Reports on dispensaries and lunatic asylums in the Province of Oudh - 1869-1876
Year: 1869
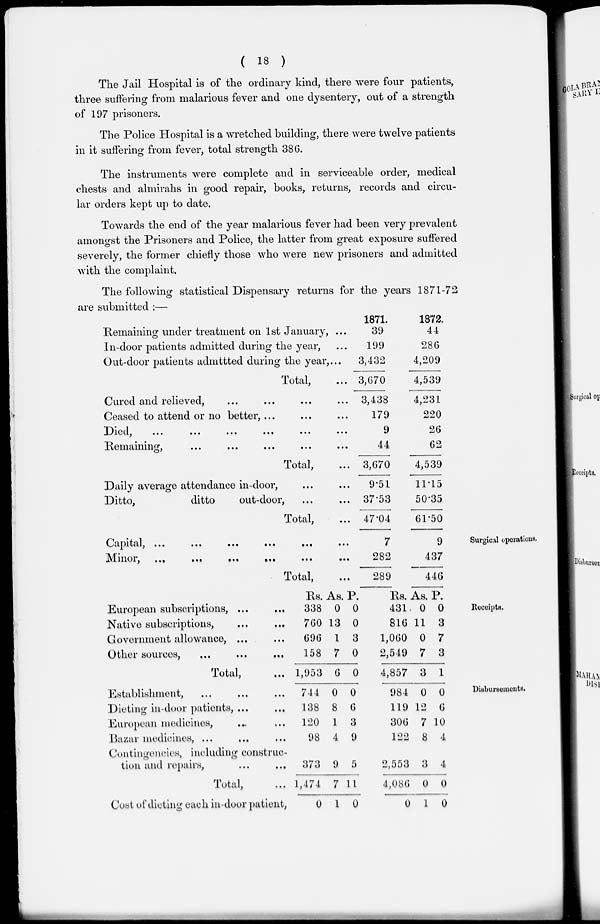
( 18 )
The Jail Hospital is of the ordinary kind, there were four patients,
three suffering from malarious fever and one dysentery, out of a strength
of 197 prisoners.
The Police Hospital is a wretched building, there were twelve patients
in it suffering from fever, total strength 386.
The instruments were complete and in serviceable order, medical
chests and almirahs in good repair, books, returns, records and circu-
lar orders kept up to date.
Towards the end of the year malarious fever had been very prevalent
amongst the Prisoners and Police, the latter from great exposure suffered
severely, the former chiefly those who were new prisoners and admitted
with the complaint.
The following statistical Dispensary returns for the years 1871-72
are submitted :—
Remaining under treatment on 1st January, ...
In-door patients admitted during the year, ...
Out-door patients admitted during the year,...
Total, ...
Cured and relieved, ... ... ... ...
Ceased to attend or no better, ... ... ...
Died, ... ... ... ... ... ...
Remaining, ... ... ... ... ...
Total, ...
Daily average attendance in-door, ... ...
Ditto,
ditto
out-door, ... ...
Total, ...
1871.
39
199
3,432
3,670
3,438
179
9
44
3,670
9.51
37.53
47.04
1872.
44
286
4,209
4,539
4,231
220
26
62
4,539
11.15
50.35
61.50
Surgical operations.
Capital.,
...
...
...
...
...
...
Minor,
...
...
...
...
...
...
Total, ...
7
282
289
9
437
446
Receipts.
European subscriptions, ... ...
Native subscriptions, ... ...
Government allowance, ... ...
Other sources, ... ... ...
Total,
...
Rs.
338
760
696
158
1,953
As.
0
13
1
7
6
P.
0
0
3
0
0
Rs.
431
816
1,060
2,549
4,857
As.
0
11
0
7
3
P.
0
3
7
3
1
Disbursements.
Establishment, ... ... ...
Dieting in-door patients, ... ...
European medicines, ... ...
Bazar medicines, ... ... ...
Contingencies, including construc-
tion and repairs,
...
...
Total, ...
Cost of dieting each in-door patient,
744
138
120
98
373
1,474
0
0
8
1
4
9
7
1
0
6
3
9
5
11
0
984
119
306
122
2,553
4,086
0
0
12
7
8
3
0
1
0
6
10
4
4
0
0